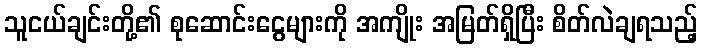
သူငယ်ချင်းတို့၏ စုဆောင်းငွေများကို အကျိုး အမြတ်ရှိပြီး စိတ်လဲချရသည့်